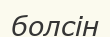
болсін